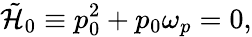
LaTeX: \tilde{{\cal H}}_{0}\equiv p_{0}^{2}+p_{0}\omega_{\mathbf\small p}=0,